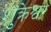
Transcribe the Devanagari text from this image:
शुक्रेश्वर